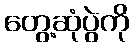
တွေ့ဆုံပွဲကို